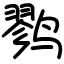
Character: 鹨